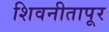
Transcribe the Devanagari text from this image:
शिवनीतापूर